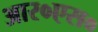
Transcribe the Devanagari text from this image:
आर०एस०